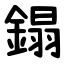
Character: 鎉